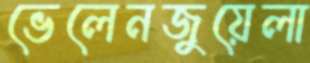
ভেলেনজুয়েলা